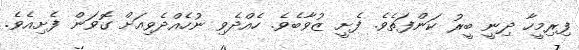
ފިރިމީހާ ދިނީ ބީރު ކަންފަތެވެ. ފެށީ ޒުވާބެވެ. ހެއްދެވި ނުހެއްދެވިއަށް ގޮވަން ފެށިއެވެ.